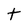
Character: t